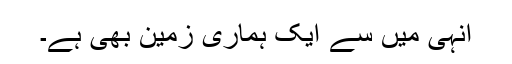
اُنہی میں سے ایک ہماری زمین بھی ہے۔